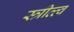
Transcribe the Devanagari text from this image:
स्त्रीत्त्व